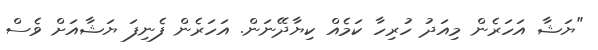
"ޔަޝާ އަހަރެން މިއަދު ހުރިހާ ކަމެއް ކިޔާދޭނަން. އަހަރެން ފެނިފަ ޔަޝާއަށް ވެސް